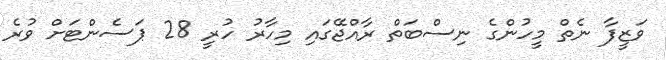
ވަޒީފާ ނެތް މީހުންގެ ނިސްބަތް ރާއްޖޭގައި މިހާރު ހުރީ 28 ޕަސެންޓަށް ވުރެ